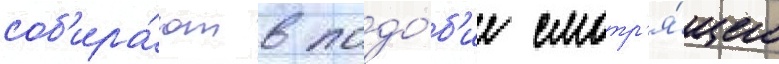
соб'ира́ют в подо́б'ие смотр'я́щего